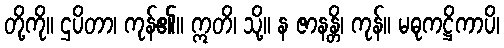
တို့ကို။ ဌပိတာ၊ ကုန်၏။ ဣတိ၊ သို့။ န ဇာနန္တိ၊ ကုန်။ မဓုကဋ္ဌိကာပိ၊